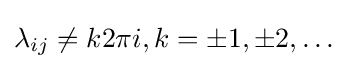
\lambda _{ij}\neq k2\pi i,k=\pm 1,\pm 2,\ldots